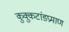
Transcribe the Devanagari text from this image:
कुक्कुटांडप्रमाण